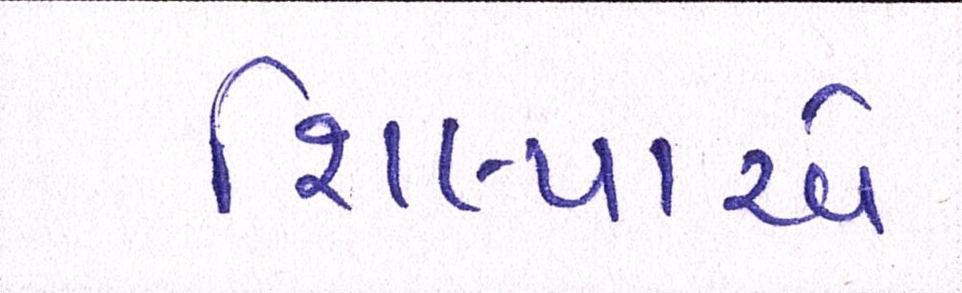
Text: શિલ્પાએ